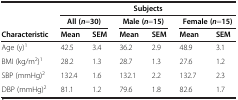
<table><thead><tr><td><b> </b></td><td colspan="6"><b>Subjects</b></td></tr><tr><td><b> </b></td><td colspan="2"><b>All (<i>n</i>=30)</b></td><td colspan="2"><b>Male (<i>n</i>=15)</b></td><td colspan="2"><b>Female (<i>n</i>=15)</b></td></tr><tr><td><b>Characteristic</b></td><td><b>Mean</b></td><td><b>SEM</b></td><td><b>Mean</b></td><td><b>SEM</b></td><td><b>Mean</b></td><td><b>SEM</b></td></tr></thead><tbody><tr><td>Age (y)<sup>1</sup></td><td>42.5</td><td>3.4</td><td>36.2</td><td>2.9</td><td>48.9</td><td>3.1</td></tr><tr><td>BMI (kg/m<sup>2</sup>)<sup>1</sup></td><td>28.2</td><td>1.3</td><td>28.7</td><td>1.3</td><td>27.6</td><td>1.2</td></tr><tr><td>SBP (mmHg)<sup>2</sup></td><td>132.4</td><td>1.6</td><td>132.1</td><td>2.2</td><td>132.7</td><td>2.3</td></tr><tr><td>DBP (mmHg)<sup>2</sup></td><td>81.1</td><td>1.2</td><td>79.6</td><td>1.8</td><td>82.6</td><td>1.7</td></tr></tbody></table>